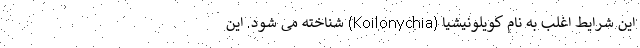
این شرایط اغلب به نام کویلونیشیا (Koilonychia) شناخته می شود. این